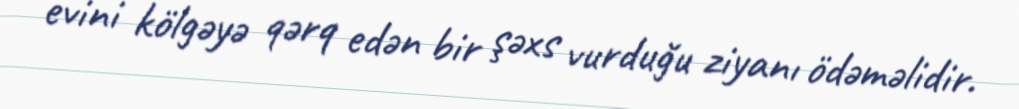
evini kölgəyə qərq edən bir şəxs vurduğu ziyanı ödəməlidir.